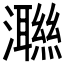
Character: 𭳝